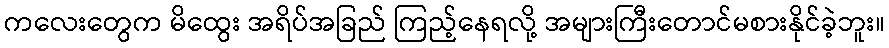
ကလေးတွေက မိထွေး အရိပ်အခြည် ကြည့်နေရလို့ အများကြီးတောင်မစားနိုင်ခဲ့ဘူး။